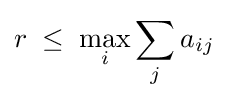
r\;\leq \;\max _{i}\sum _{j}a_{ij}